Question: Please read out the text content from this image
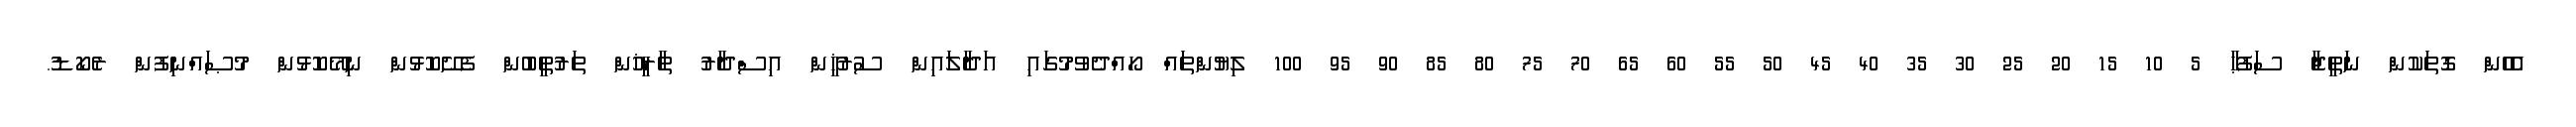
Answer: އެހެން ގޮތަކުން ނަތީޖާ ސަފުޙާ 5 10 15 20 25 30 35 40 45 50 55 60 65 70 75 80 85 90 95 100 ލިޔުންތައް ހޯއްދެވުމުގައި އަދާލައިން ސުރުޚީން އިސްދާރު ތާރީޚުން ތަރުތީބުން ފެށޭކޮޅުން ނިމޭކޮޅުން މުޞައްނިފުން ރެކޯޑު.